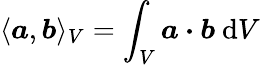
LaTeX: \langle\boldsymbol{a},\boldsymbol{b}\rangle_{V}=\int_{V}\boldsymbol{a}\boldsymbol{\cdot}\boldsymbol{b}\ \mathrm{d}V